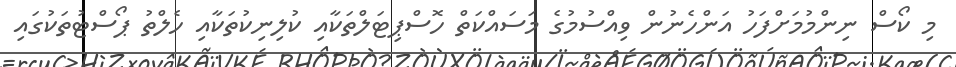
މި ކޯސް ނިންމުމަށްފަހު އަންހެނުން ވިއްސުމުގެ މަސައްކަތް ހޮސްޕިޓަލްތަކާއި ކުލިނިކުތަކާއި ހެލްތު ޕޯސްޓުތަކުގައި